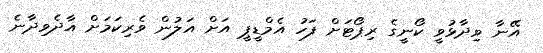
އޭނާ ވިދާޅުވީ ކޯނީގެ ރިޕޯޓަށް ފަހު އެމްޑީޕީ އަށް އަލުން ވެރިކަމަށް އާދެވިދާނެ